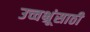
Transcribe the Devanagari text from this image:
उच्चभ्रूंसाठी